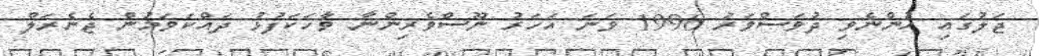
ޖަލުގައި ހުންނެވި ދުވަސްވަރު 1996 ވަނަ އަހަރު ނޫސްވެރިންނާ ވާހަކަފުޅު ދައްކަވަމުން ޖެނެރަލް